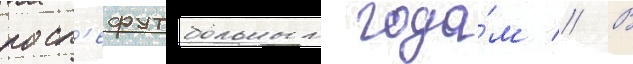
посл'ефутбольным года́м // В